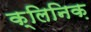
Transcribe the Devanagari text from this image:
क्लिनिक़